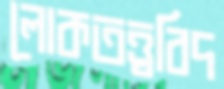
লোকতত্ত্ববিদ